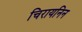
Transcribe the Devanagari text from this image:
चिरायनिन